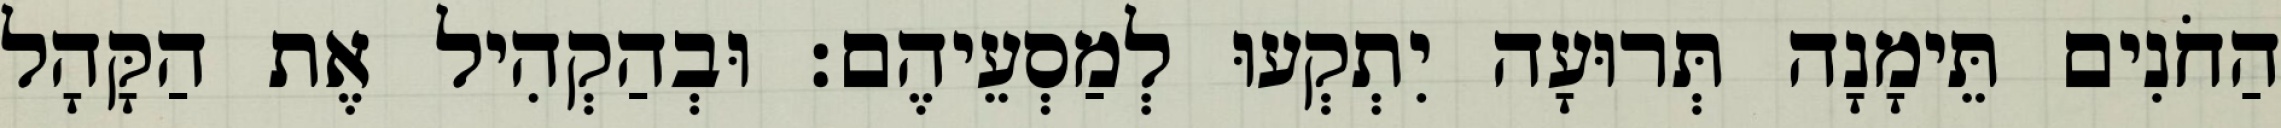
הַחֹנִים תֵּימָנָה תְּרוּעָה יִתְקְעוּ לְמַסְעֵיהֶם׃ וּבְהַקְהִיל אֶת הַקָּהָל